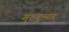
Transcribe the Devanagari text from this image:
गुरुकुमार